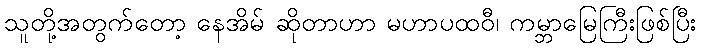
သူတို့အတွက်တော့ နေအိမ် ဆိုတာဟာ မဟာပထဝီ၊ ကမ္ဘာမြေကြီးဖြစ်ပြီး